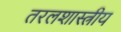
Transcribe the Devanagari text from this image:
तरलशास्त्रीय